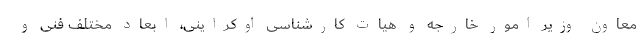
معاون وزیر امور خارجه و هیات کارشناسی اوکراینی، ابعاد مختلف فنی و